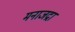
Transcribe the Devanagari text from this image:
मनाजद्रा